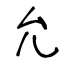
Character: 允